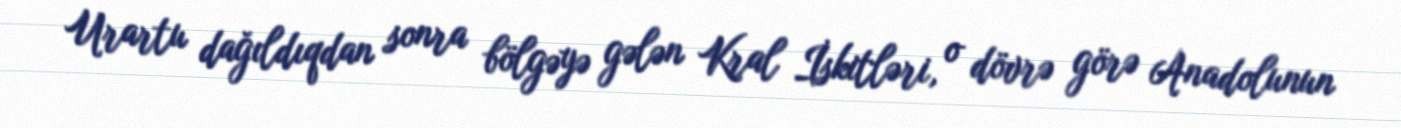
Urartu dağıldıqdan sonra bölgəyə gələn Kral İskitləri, o dövrə görə Anadolunun